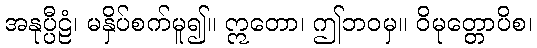
အနုပ္ပီဠံ၊ မနှိပ်စက်မူ၍။ ဣတော၊ ဤဘဝမှ။ ဝိမုတ္တောပိစ၊